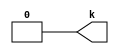
module v6b14d5_v465065 #(
 parameter VALUE = 0
) (
 output k
);
 assign k = VALUE;
endmodule